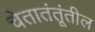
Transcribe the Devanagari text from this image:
चेतातंतूंतील